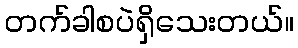
တက်ခါစပဲရှိသေးတယ်။